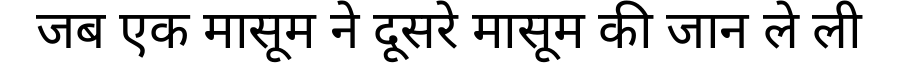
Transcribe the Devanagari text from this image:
जब एक मासूम ने दूसरे मासूम की जान ले ली